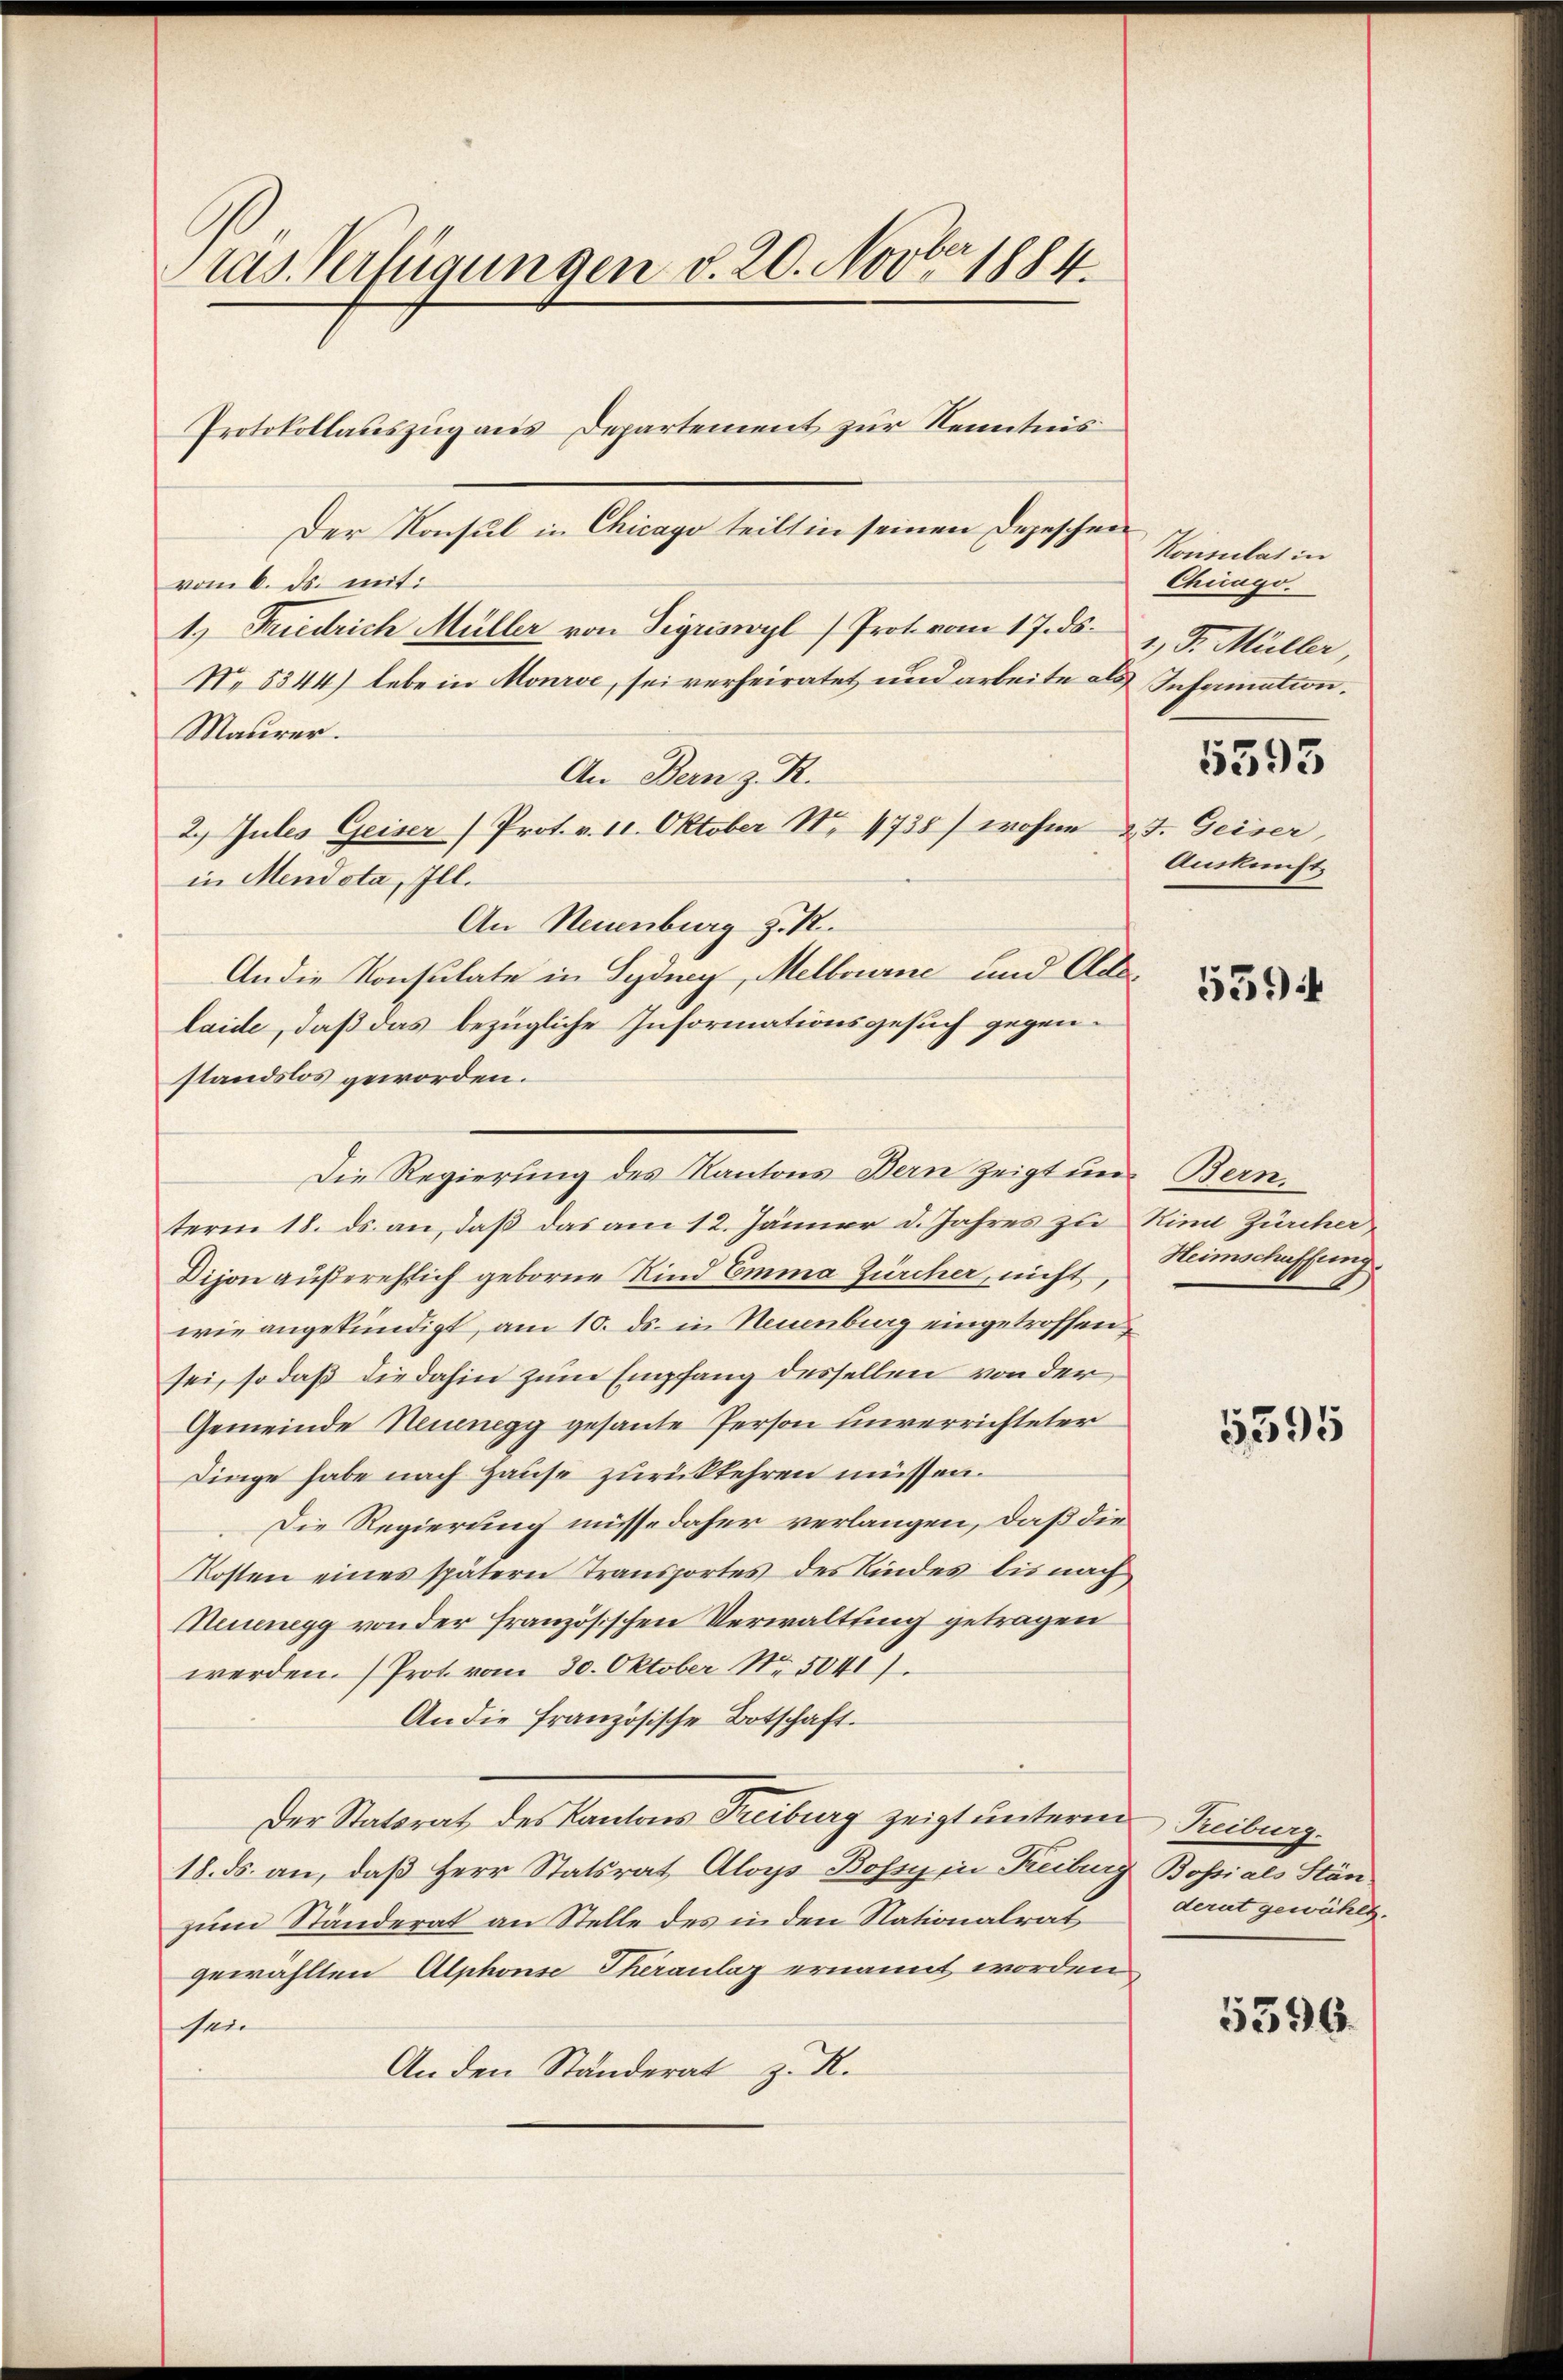
as Verfügungen d. 20. Novber 1884.
Protokollauszug aus Departement zur Kenntnis

Der Konsul in Chicago teilt in seinen Depeschen
vom 6. ds. mit:
1.) Friedrich Müller von Sigriswyl) Prot vom 17. ds.
No. 5344) lebe in Monrse, sei verheiratet und arbeite als Infermation.
Maurer.
An Bern z. R.
2. Jules Geiser (Prot. v. 11. Oktober N. 4738) wohne d. J. Geiser,
in Mendota, Ill.
An Neuenburg z. R.
An die Konsulate in Sydung, Melbourne und Odelaide, daß das bezügliche Informationsgesuch gegenstandslos geworden.
term 18. ds. an, daß das am 12. Jänner d. Jahres zu Kind Zürcher
Dijon außerehlich geborne Kind Emma Zürcher, nicht
wie angekündigt, am 10. ds. in Neuenburg eingetroffen
sei, so daß die dahin zum Empfang desselben von der
Gemeinde Neuenegg gesante Person unverrichteter
Dinge habe nach Hause zurückkehren müssen.
Die Regierung müsse daher verlangen, daß die
Kosten eines spätern Transportes des Kindes bis nach,
Neuenegg von der französischen Verwaltung getragen
werden. Prot vom 30. Oktober Nr. 50411.
An die französische Botschaft.
Der Statsrat des Kantons Treiburg zeigt unterm Treiburg.
18. ds. an, daß Herr Statsrat Aloys Boss in Freiburg
zum Ständerat an Stelle des in den Nationalrat
gewählten Alphonse Theranlag ernannt worden
sein
An den Ständerat z. R.

Die Regierung des Kantons Bern zeigt und Bern.

Konsulat in
Chicago.
1.) Dr. Müller,

6593

Aukunft.

5594

Heimschaffung

5595

& Bossials Stän
derat gewählt.

5396.